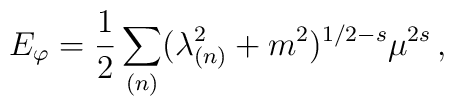
E_{\varphi}={1\over 2}\sum _{(n)} (\lambda _{(n)}^2 + m^2)^{1/2-s} \mu ^{2 s} \,,